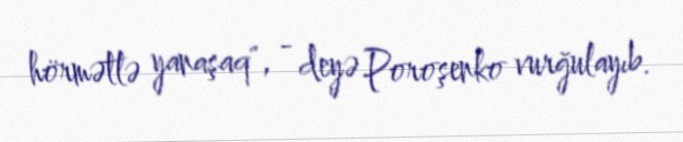
hörmətlə yanaşaq", - deyə Poroşenko vurğulayıb.